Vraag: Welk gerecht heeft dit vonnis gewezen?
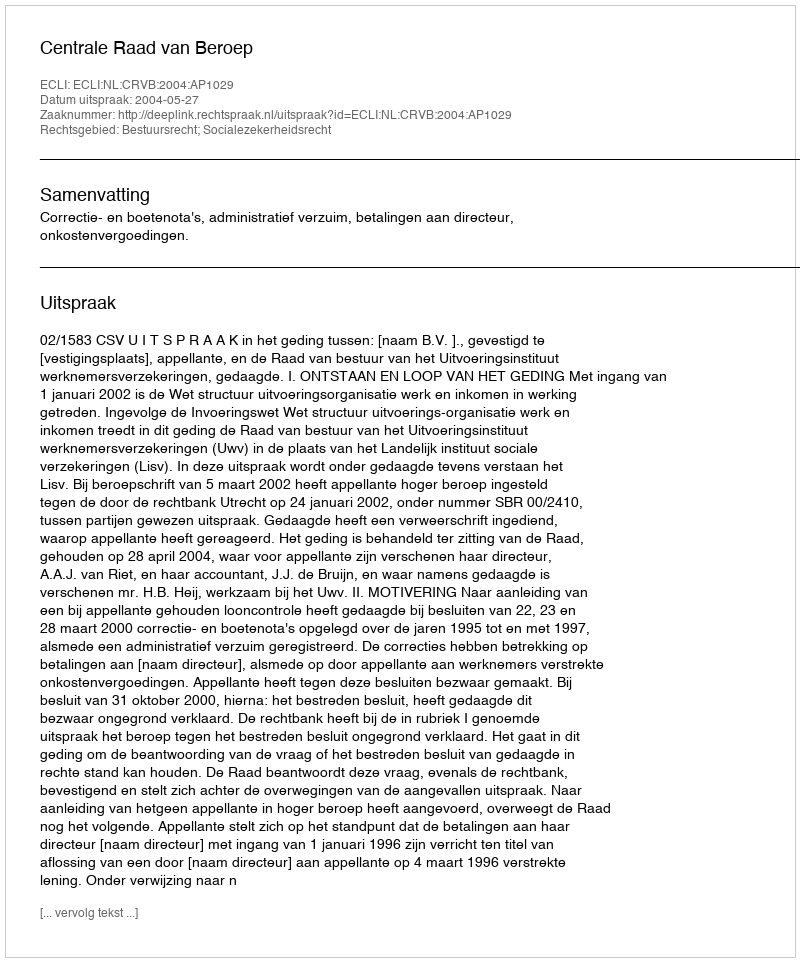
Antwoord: Centrale Raad van Beroep